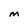
Character: m